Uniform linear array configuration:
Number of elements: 32
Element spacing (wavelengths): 1
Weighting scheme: binomial
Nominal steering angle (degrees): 15
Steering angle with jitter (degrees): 14.502
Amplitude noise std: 0.05
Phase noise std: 0.05

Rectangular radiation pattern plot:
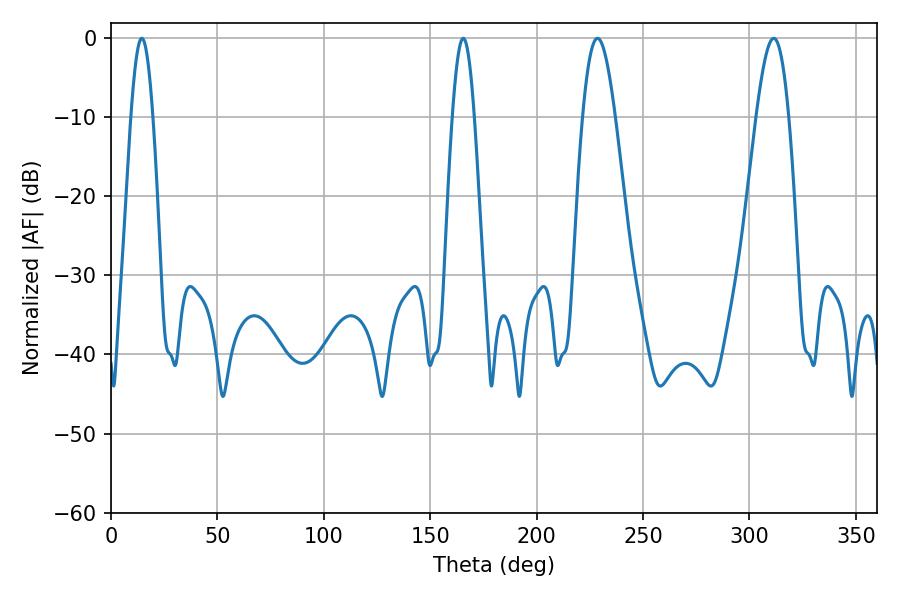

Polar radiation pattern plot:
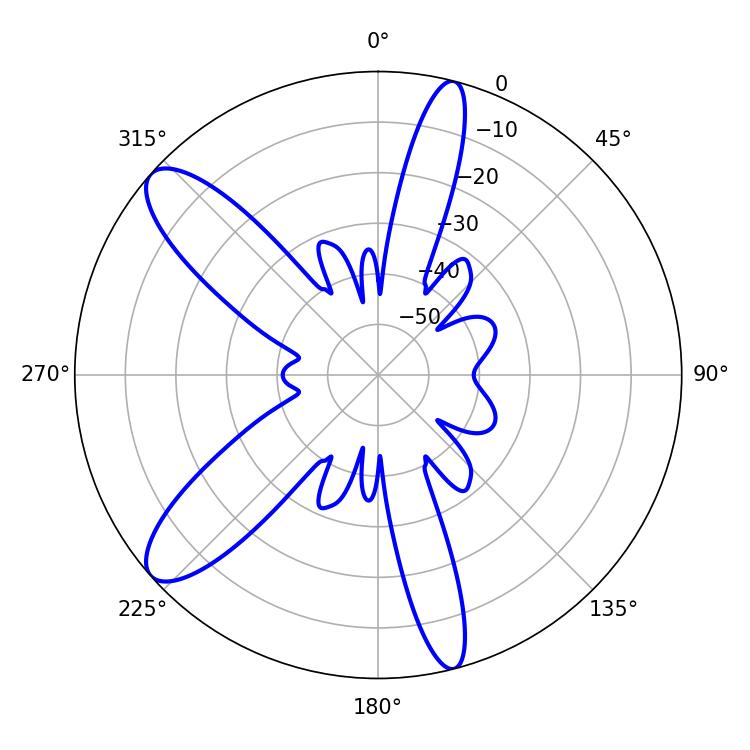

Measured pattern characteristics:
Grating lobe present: TRUE
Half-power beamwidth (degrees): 8.28
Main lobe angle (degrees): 228.6